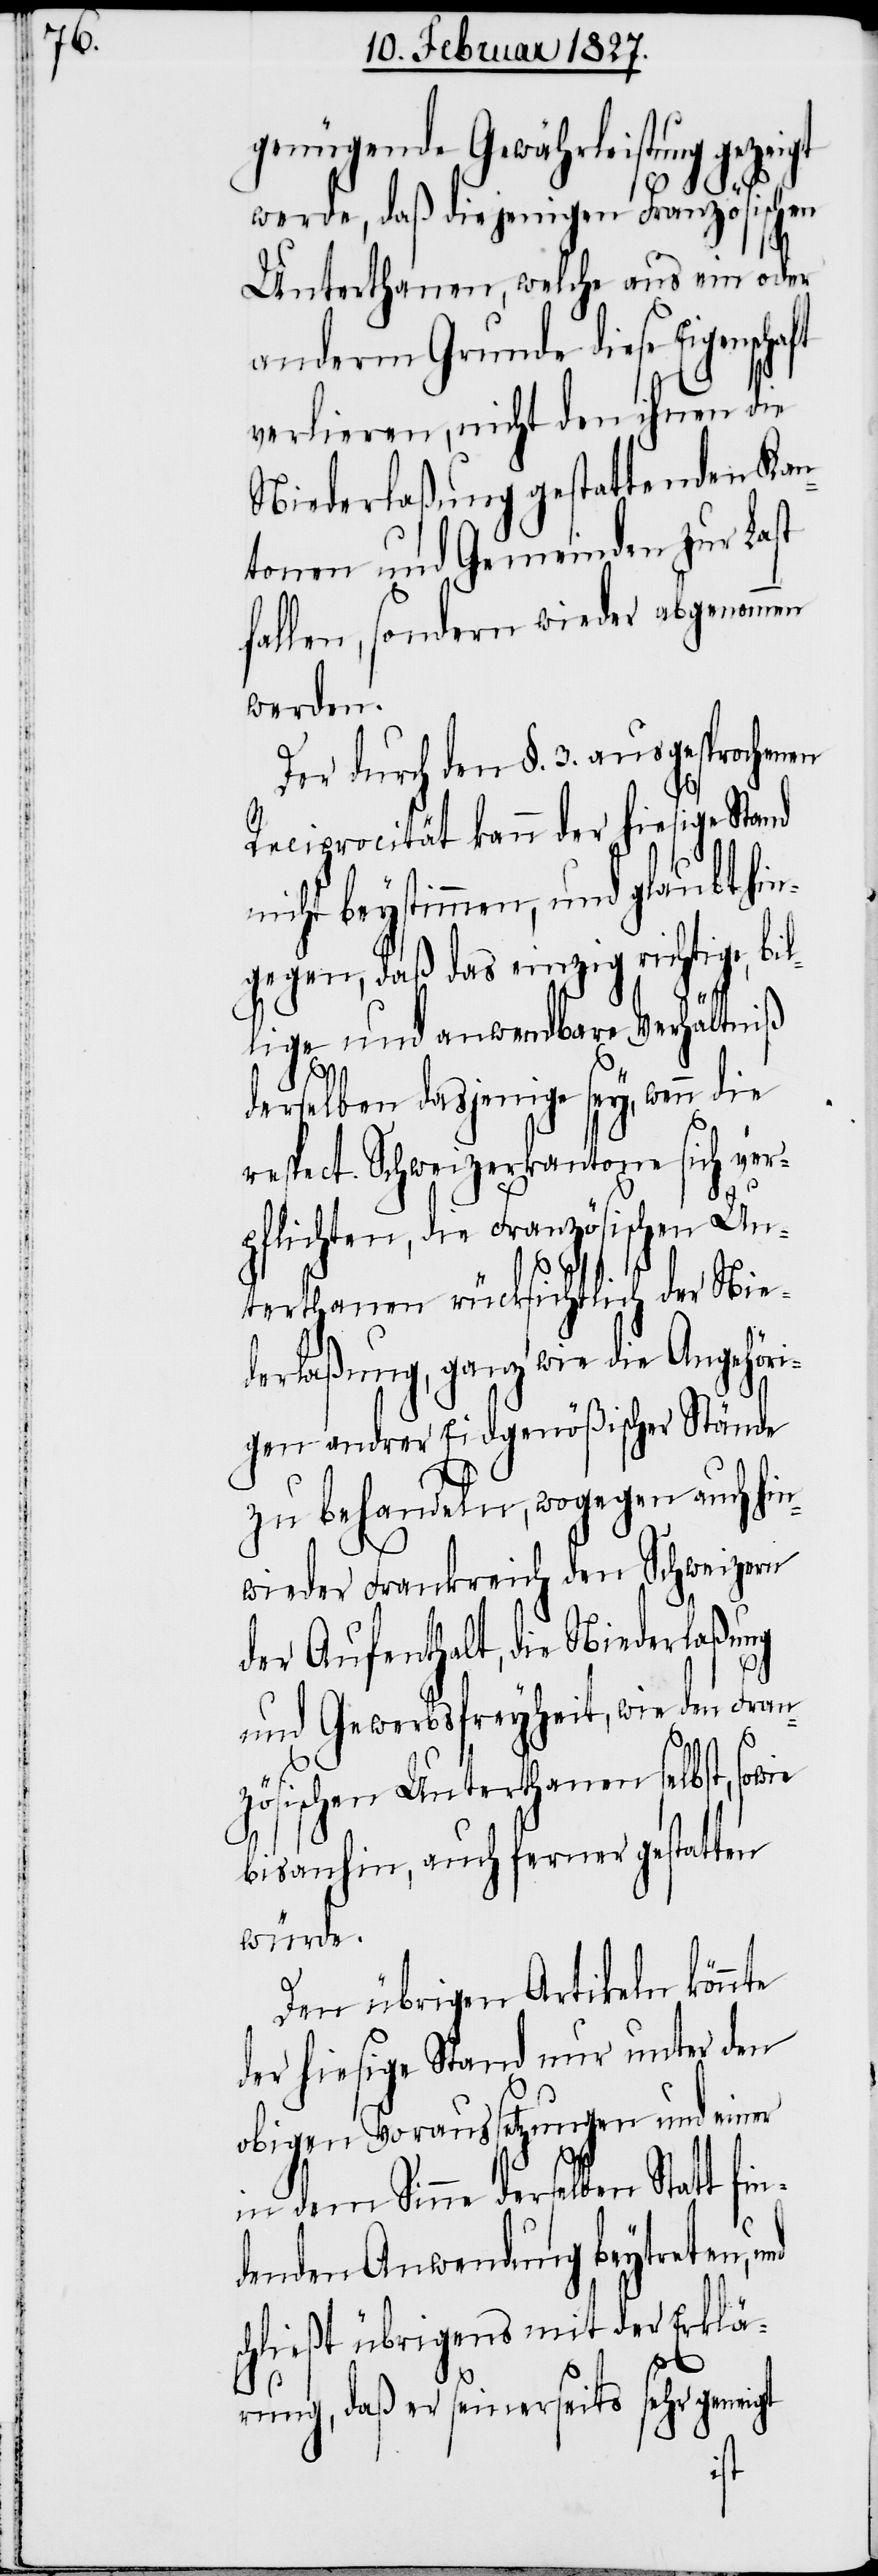
genügende Gewährleistung geze¬
werde, daß diejenigen Französischen
Unterthanen, welche aus ein oder
anderm Grunde diese Eigenschaft
verlieren, nicht den ihnen die
Niederlaßung gestattenden Kan¬
tonen und Gemeinden zur Last
fallen, sondern wieder abgenommen
werden.
Der durch den §. 3. ausgesprochenen
Reciprocität kann der hiesige Stand
nicht beystimmen, und glaubt hi¬
ngegen, daß das einzig richtige, bi¬
lige und anwendbare Verhältniß
derselben dasjenige sey, wenn
respect. Schweizerkantone sich ver¬
l¬
pflichten, die Französischen Un¬
terthanen rücksichtlich der Nie¬
derlaßung, ganz wie die Angehör¬
igen andrer Eidgenößischer Stände
zu behandeln, wogegen auch hin¬
wieder Frankreich den Schweizern
der Aufenthalt, die Niederlaßung
und Gewerbsfreyheit, wie den Fran¬
zösischen Unterthanen selbst, sowie
bis anhin, auch ferner gestatten
würde.
Den übrigen Artikeln könnte
der hiesige Stand nur unter den
obigen Voraussetzungen und einer
in dem Sinne derselben Statt fin¬
denden Anwendung beytreten,
schließt übrigens mit der Erklä¬
rung, daß er seinerseits sehr geneigt
igt